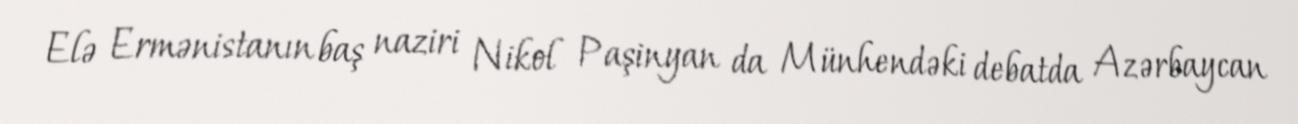
Elə Ermənistanın baş naziri Nikol Paşinyan da Münhendəki debatda Azərbaycan